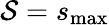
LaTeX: \mathcal{S}=s_{\mathrm{{max}}}